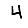
Digit: 4